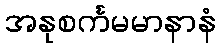
အနုစင်္ကမမာနာနံ